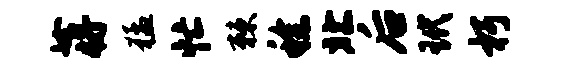
蒋猛忙棘稔北后玳朽